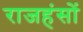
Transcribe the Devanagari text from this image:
राजहंसों